Medical and sanitary report of the native army of Madras for the year
Year: 1875
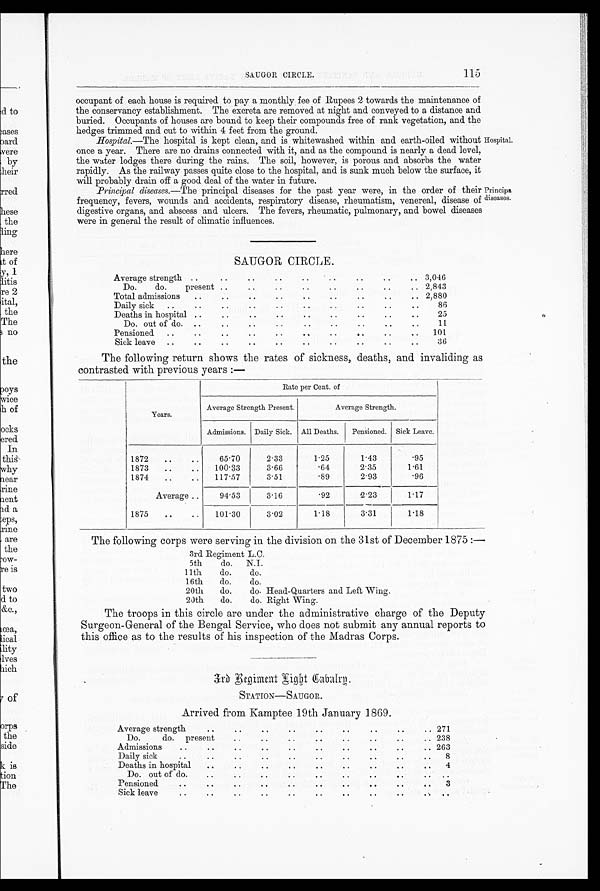
S A U G O R C I R C L E . 1 1 5
occupant of each house is required to pay a monthly fee of Rupees 2 towards the maintenance of
the conservancy establishment. The excreta are removed at night and conveyed to a distance and
buried. Occupants of houses are bound to keep their compounds free of rank vegetation, and the
hedges trimmed and cut to within 4 feet from the ground.
Hospital.—The
hospital is kept clean, and is whitewashed within and earth-oiled without Hospital.
once a year. There are no drains connected with it, and as the compound is nearly a dead level,
the water lodges there during the rains. The soil, however, is porous and absorbs the water
rapidly. As the railway passes quite close to the hospital, and is sunk much below the surface, it
will probably drain off a good deal of the water in future.
Principal diseases.—The principal diseases for the past year were, in the order of their Principals
frequency, fevers, wounds and accidents, respiratory disease, rheumatism, venereal, disease of diseases.
digestive organs, and abscess and ulcers. The fevers, rheumatic, pulmonary, and bowel diseases
were in general the result of climatic influences.
S A U G O R C I R C L E .
Average strength ..
..
..
..
..
..
..
..
.. 3,046
Do. do.
present
..
.. .. ..
..
..
..
2,843
Total admissions
..
..
..
..
..
..
..
.. ..
2,880
Daily sick
..
..
..
..
..
..
..
..
..
86
Deaths in hospital
..
..
.. .. ..
.
.. .. ..
25
Do. Out of do.
..
..
..
.
.. .. .. ..
.
..
11
Pensioned
..
. .
..
.. .. ..
..
.. ..
101
Sick leave
.. ..
.
..
.. .. .. .. .. ..
36
The following return shows the rates of sickness, deaths, and invaliding as
contrasted with previous years :—
Years.
Rate per Cent. of
Average Strength Present.
Average Strength.
Admissions. Daily Sick. All Deaths.
Pensioned. Sick Leave.
1872
..
..
65.70
2.33
1.25
1.43
.95
1873
..
..
100.33
3.66
.64
2.35
1.61
1874
..
..
117.57
3.51
.89
2.93
.96
Average ..
94.53
3.16
.92
2.23
1.17
1875
..
..
101.30
3.02
1.18
3.31
1.18
The following corps were serving in the division on the 31st of December 1875 : —
3rd Regiment L.C.
5th
do.
N.I.
11th
do.
do.
16th
do.
do.
20th
do.
do. Head-Quarters and Left Wing.
20th
do.
do. Right Wing.
The troops in this circle are under the administrative charge of the Deputy
Surgeon-General of the Bengal Service, who does not submit any annual reports to
this office as to the results of his inspection of the Madras Corps.
3 r d R e g i m e n t L i g h t C a b a l r n .
S T A T I O N — — S A U G O R .
Arrived from Kamptee 19th January 1869.
Average strength
..
..
..
..
.. .. .. ..
.
..
.
271
Do.
do. PRESENT.
..
..
..
..
..
.. ..
.. 238
Admissions. ..
..
..
..
.. .. ..
..
..
..
263
Daily sick
• .
..
..
..
..
..
.. ..
.
.. ..
8
Deaths in hospital
..
..
..
..
..
..
..
..
4
Do. out of do. ..
..
..
..
.. .. .. .. .. ..
Pensioned..
..
..
..
..
..
..
.. .. ..
3
Sick leave
•
•
.. .. .. .. .. .. .. .. .. ..